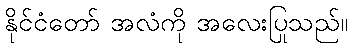
နိုင်ငံတော် အလံကို အလေးပြုသည်။